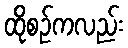
ထိုစဉ်ကလည်း